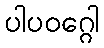
ပါပဝဂ္ဂေါ